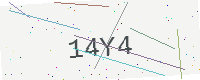
Text: 14Y4